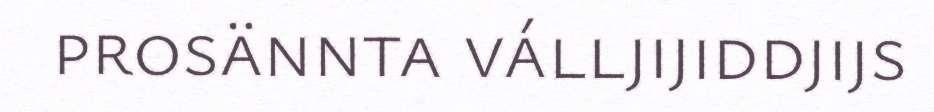
prosännta válljijiddjijs